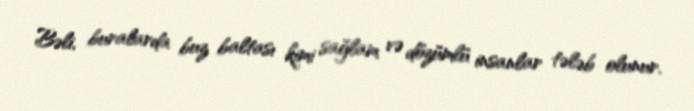
Bəli, buralarda buz baltası kimi sağlam və dözümlü insanlar tələb olunur.